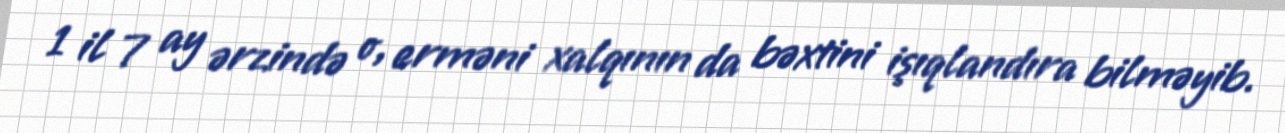
1 il 7 ay ərzində o, erməni xalqının da bəxtini işıqlandıra bilməyib.